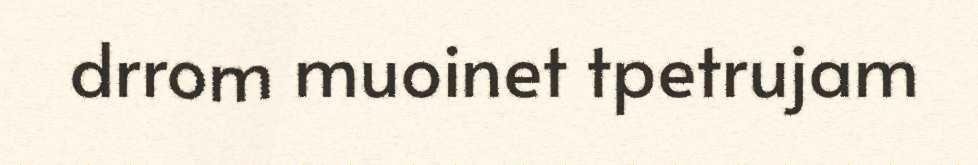
drrom muoinet tpetrujam